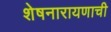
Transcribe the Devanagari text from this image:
शेषनारायणाची